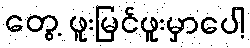
တွေ့ ဖူးမြင်ဖူးမှာပေါ့